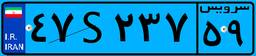
۸۵S۱۲۸۸۰